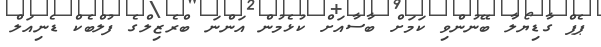
ޕެޕް ގާޑިޔޯލާ ބޭނުންވި ކަމަށް ބާސާއަށް ކުޅެމުން އަންނަ ބްރެޒިލްގެ ފުލްބެކް ޑެނިއަލް